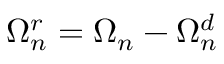
\Omega _ { n } ^ { r } = \Omega _ { n } - \Omega _ { n } ^ { d }